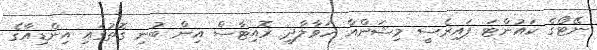
ނޭޓޯގެ ކައުންޓަ ޕައިރެސީ މިޝަންއާ ހަވާލާދީ ރޮއިޓާސް އިން ބުނި ގޮތުގައި އިންޑިއާގެ